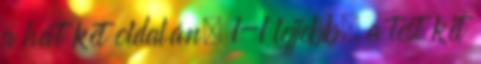
a hát két oldalán, 1-1 lejjebb, a test két